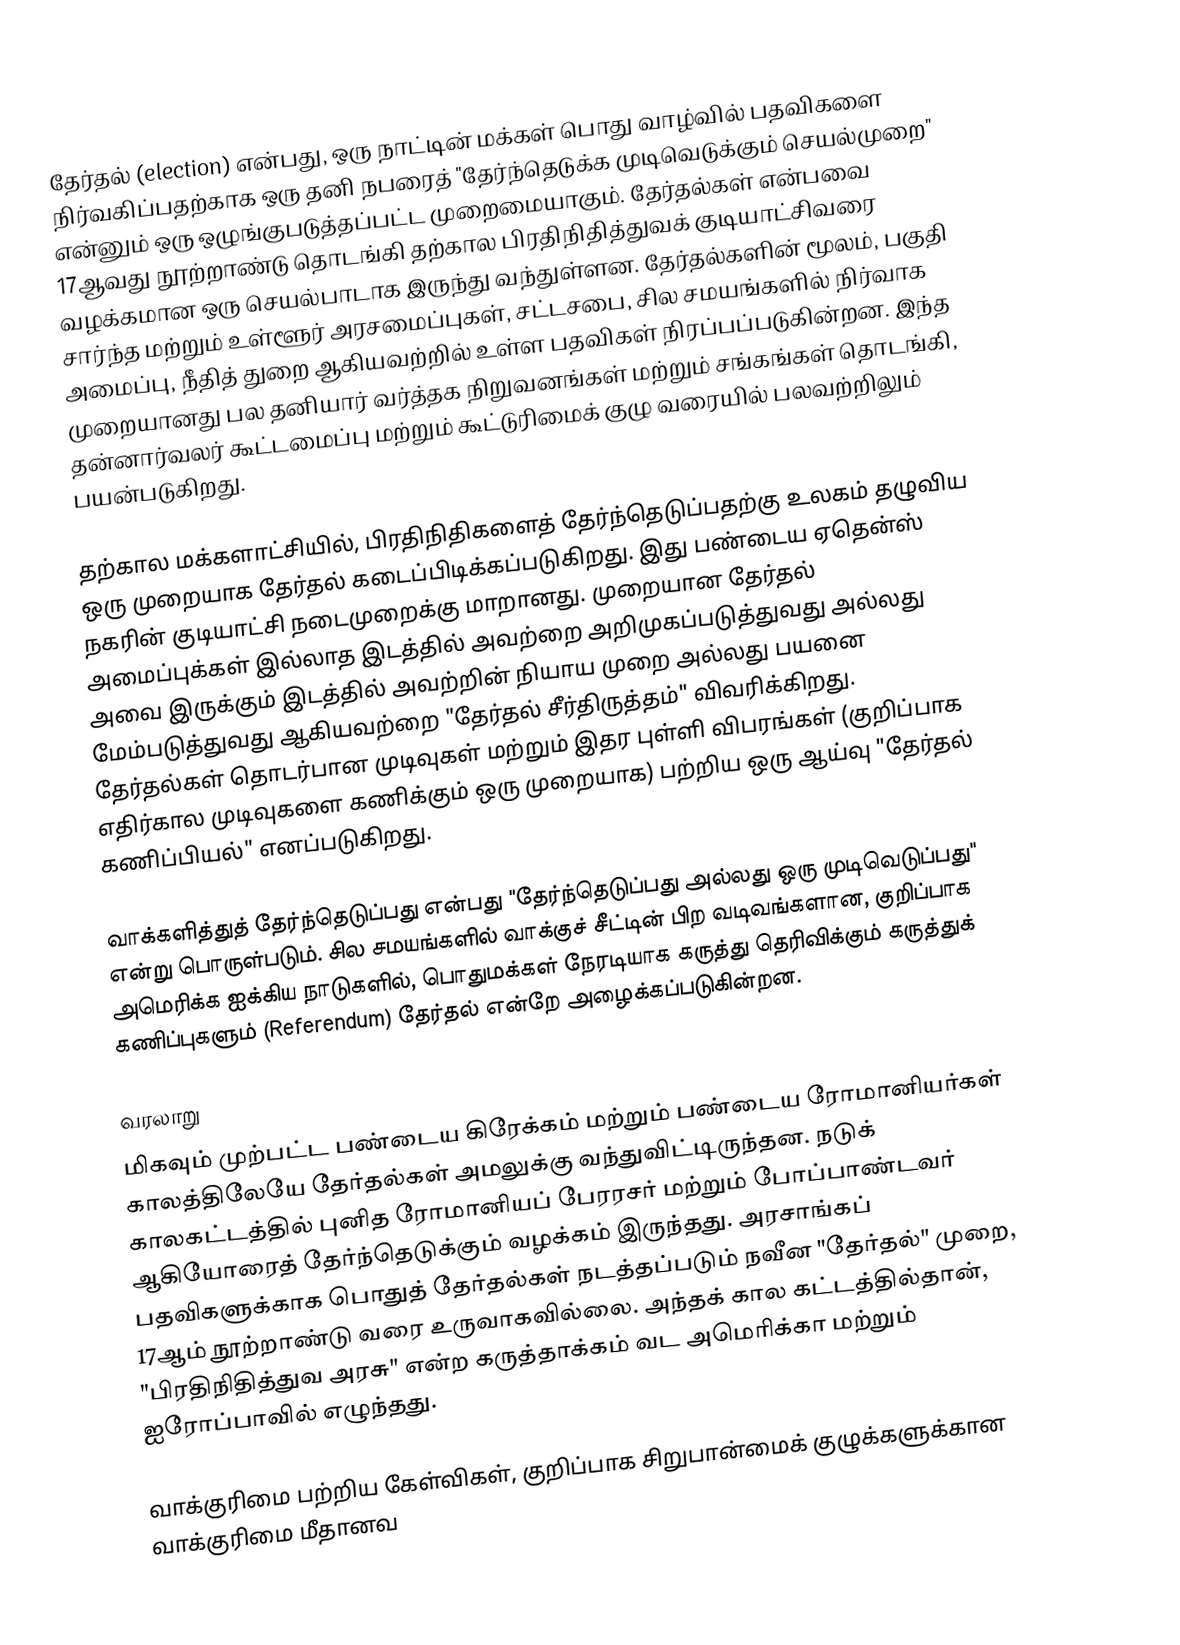
தேர்தல் (election) என்பது, ஒரு நாட்டின் மக்கள் பொது வாழ்வில் பதவிகளை நிர்வகிப்பதற்காக ஒரு தனி நபரைத் "தேர்ந்தெடுக்க முடிவெடுக்கும் செயல்முறை" என்னும் ஒரு ஒழுங்குபடுத்தப்பட்ட முறைமையாகும். தேர்தல்கள் என்பவை 17ஆவது நூற்றாண்டு தொடங்கி தற்கால பிரதிநிதித்துவக் குடியாட்சிவரை வழக்கமான ஒரு செயல்பாடாக இருந்து வந்துள்ளன. தேர்தல்களின் மூலம், பகுதி சார்ந்த மற்றும் உள்ளூர் அரசமைப்புகள், சட்டசபை, சில சமயங்களில் நிர்வாக அமைப்பு, நீதித் துறை ஆகியவற்றில் உள்ள பதவிகள் நிரப்பப்படுகின்றன. இந்த முறையானது பல தனியார் வர்த்தக நிறுவனங்கள் மற்றும் சங்கங்கள் தொடங்கி, தன்னார்வலர் கூட்டமைப்பு மற்றும் கூட்டுரிமைக் குழு வரையில் பலவற்றிலும் பயன்படுகிறது.

தற்கால மக்களாட்சியில், பிரதிநிதிகளைத் தேர்ந்தெடுப்பதற்கு உலகம் தழுவிய ஒரு முறையாக தேர்தல் கடைப்பிடிக்கப்படுகிறது. இது பண்டைய ஏதென்ஸ் நகரின்  குடியாட்சி நடைமுறைக்கு மாறானது. முறையான தேர்தல் அமைப்புக்கள் இல்லாத இடத்தில் அவற்றை அறிமுகப்படுத்துவது அல்லது அவை இருக்கும் இடத்தில் அவற்றின் நியாய முறை அல்லது பயனை மேம்படுத்துவது ஆகியவற்றை "தேர்தல் சீர்திருத்தம்" விவரிக்கிறது. தேர்தல்கள் தொடர்பான முடிவுகள் மற்றும் இதர புள்ளி விபரங்கள் (குறிப்பாக எதிர்கால முடிவுகளை கணிக்கும் ஒரு முறையாக) பற்றிய ஒரு ஆய்வு "தேர்தல் கணிப்பியல்" எனப்படுகிறது.

வாக்களித்துத் தேர்ந்தெடுப்பது  என்பது "தேர்ந்தெடுப்பது அல்லது ஒரு முடிவெடுப்பது" என்று பொருள்படும். சில சமயங்களில் வாக்குச் சீட்டின் பிற வடிவங்களான, குறிப்பாக அமெரிக்க ஐக்கிய நாடுகளில், பொதுமக்கள் நேரடியாக கருத்து தெரிவிக்கும் கருத்துக் கணிப்புகளும் (Referendum) தேர்தல் என்றே அழைக்கப்படுகின்றன.

வரலாறு
மிகவும் முற்பட்ட பண்டைய கிரேக்கம் மற்றும் பண்டைய ரோமானியர்கள் காலத்திலேயே தேர்தல்கள் அமலுக்கு வந்துவிட்டிருந்தன. நடுக் காலகட்டத்தில் புனித ரோமானியப் பேரரசர் மற்றும் போப்பாண்டவர் ஆகியோரைத் தேர்ந்தெடுக்கும் வழக்கம் இருந்தது.  அரசாங்கப் பதவிகளுக்காக பொதுத் தேர்தல்கள் நடத்தப்படும் நவீன "தேர்தல்" முறை, 17ஆம் நூற்றாண்டு வரை உருவாகவில்லை. அந்தக் கால கட்டத்தில்தான், "பிரதிநிதித்துவ அரசு" என்ற கருத்தாக்கம் வட அமெரிக்கா மற்றும் ஐரோப்பாவில் எழுந்தது.

வாக்குரிமை பற்றிய கேள்விகள், குறிப்பாக சிறுபான்மைக் குழுக்களுக்கான வாக்குரிமை மீதானவ